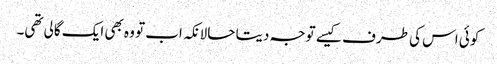
کوئی اس کی طرف کیسے توجہ دیتا حالانکہ اب تو وہ بھی ایک گالی تھی۔